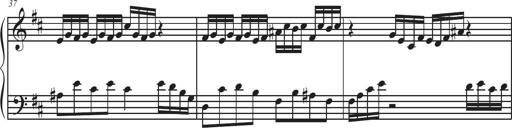
Title: Sonatina Espania
Composer: Jerald Franklin Archer
Key: Various